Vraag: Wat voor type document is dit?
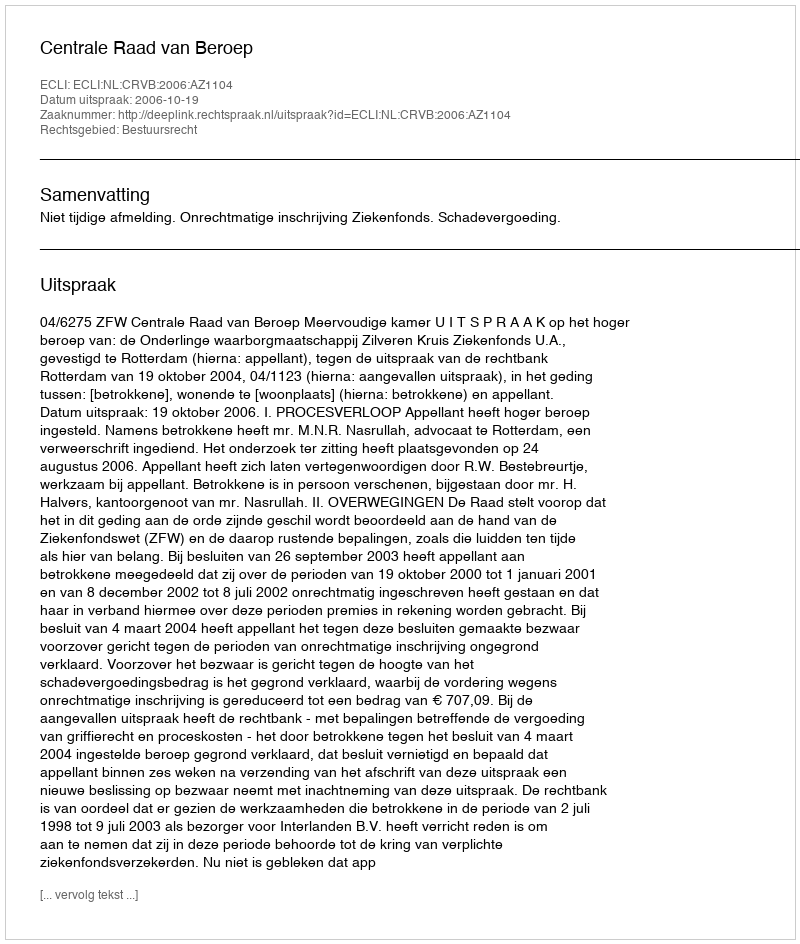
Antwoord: Uitspraak